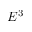
E ^ { 3 }